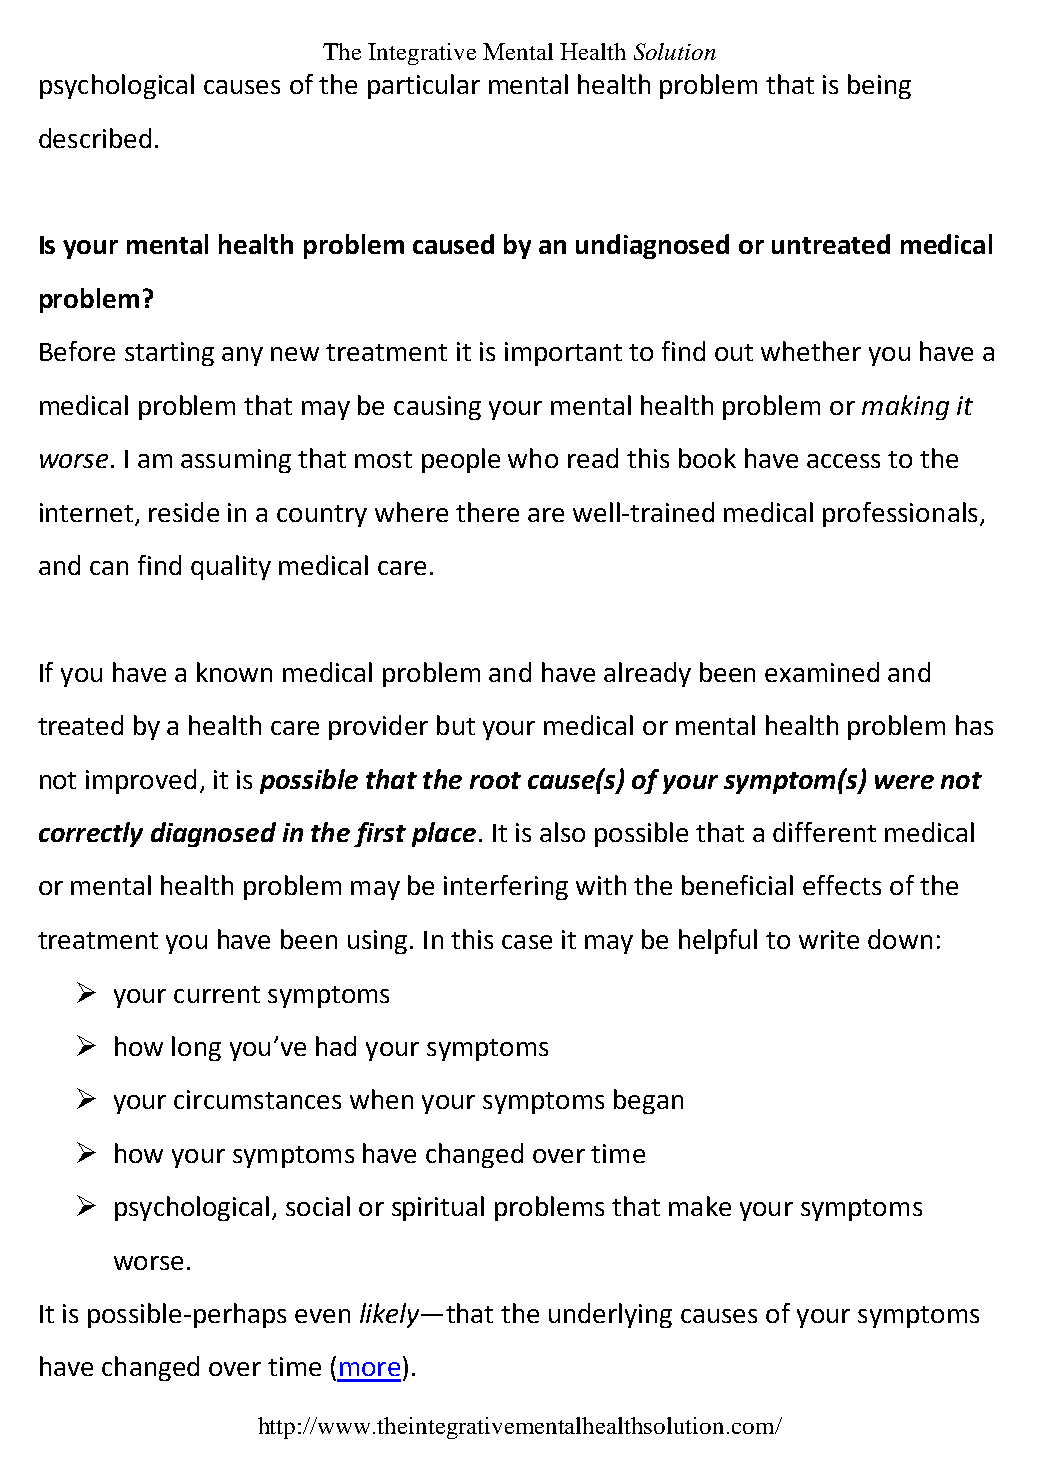
The Integrative Mental Health Solution
 psychological causes of the particular mental health problem that is being
 described.
 Is your mental health problem caused by an undiagnosed or untreated medical
 problem?
 Before starting any new treatment it is important to find out whether you have a
 medical problem that may be causing your mental health problem or making it
 worse. I am assuming that most people who read this book have access to the
 internet, reside in a country where there are well-trained medical professionals,
 and can find quality medical care.
 If you have a known medical problem and have already been examined and
 treated by a health care provider but your medical or mental health problem has
 not improved, it is possible that the root cause(s) of your symptom(s) were not
 correctly diagnosed in the first place. It is also possible that a different medical
 or mental health problem may be interfering with the beneficial effects of the
 treatment you have been using. In this case it may be helpful to write down:
  your current symptoms
  how long you’ve had your symptoms
  your circumstances when your symptoms began
  how your symptoms have changed over time
  psychological, social or spiritual problems that make your symptoms
 worse.
 It is possible-perhaps even likely—that the underlying causes of your symptoms
 have changed over time (more).
 http://www.theintegrativementalhealthsolution.com/